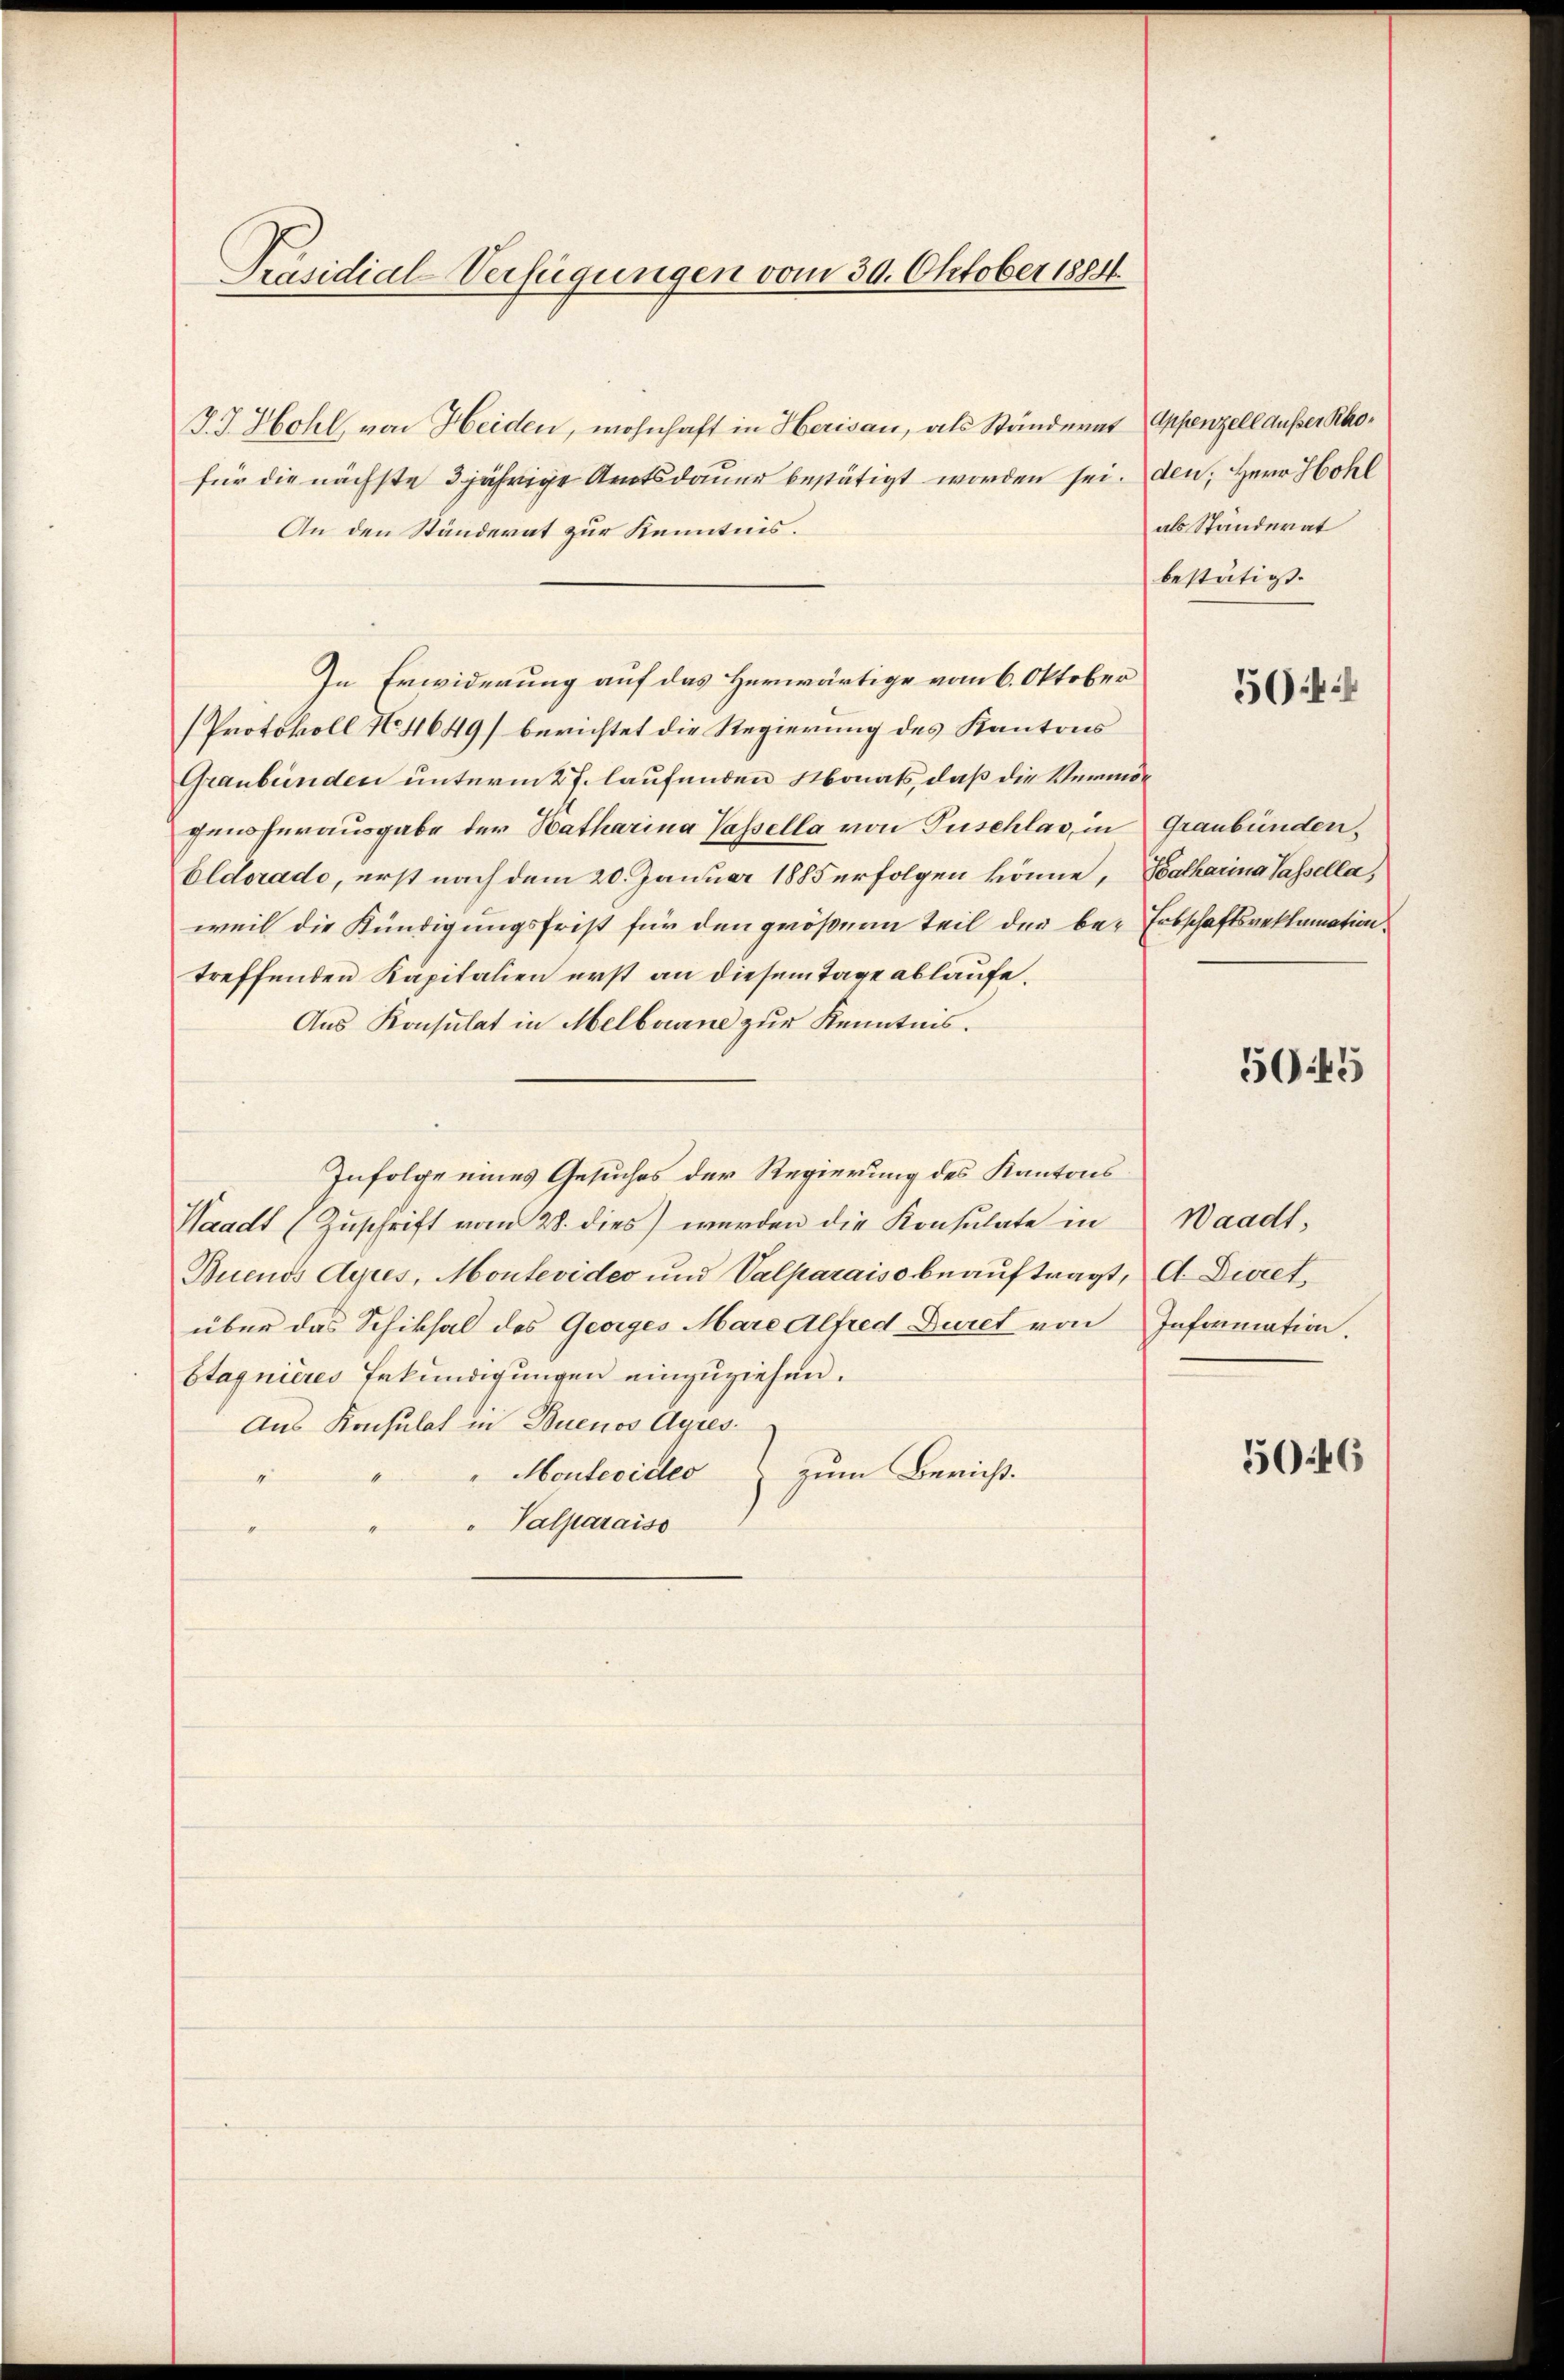
Präsidial-Verfügungen vom 30. Oktober 1884.

J. J. Hohl, von Heiden, wohnhaft in Herisau, als Ständerat Appenzell außer Rhofür die nächste 3jährige Amtsdauer bestätigt worden sei. den Herr Hohl
An den Ständerat zur Kenntnis.
In Erwiderung auf das Herwärtige vom 6. Oktober
(Protokoll No 4649) berichtet die Regierung des Kantons
Graubünden unterm 27. laufenden Monats, daß die Vermögensherausgabe der Natharina Tassella von Tuschlas, in Graubünden¬
Eldorado, erst nach dem 20. Januar 1885 erfolgen könne, Katharina Tassella,
weil die Kündigungsfrist für den größern Teil der be- Erbschaftsreklamation
treffenden Kapitalien erst an diesem Tage ablaufe.
Aus Konsulat in Melbourne zur Kenntnis.
Infolge eines Gesuches der Regierung des Kantons
Waadt (Zuschrift vom 28. dies) werden die Konsulate in
Buenos Ayres, Montevideo und Valparaiso beauftragt, A. Dieret,
über das Schiksal des Georges Mare Alfred Duret von Information.
Stagnières Erkundigungen einzuziehen.
Aus Konsulat in Buenos Ayres
" Montevideo zum Bericht.
e
Valparaiso

als Ständerat
bestätigt.

54:

505

Waadt,

50:46